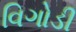
વિગોડી